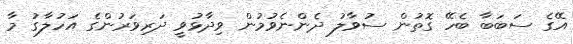
އޭގެ ސަބަބާ ބެހޭ ގޮތުން ސުވާލު ދެންނެވުމުން ވިދާޅުވީ ދަރިވަރުންގެ އަހުލާގު މާ